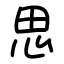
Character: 思